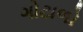
ગોટાળો